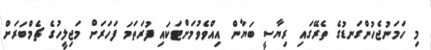
މި ހަމަނުޖެހުންގަނޑުގެ ތެރޭގައި ރިޔާސީ ބަޔާން އިއްވެވުމަށްޓަކައި ފުރަތަމަ ފަހަރަށް މަޖިލީހުގެ ޗެމްބަރަށް